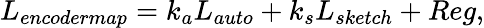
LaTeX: L_{encodermap}=k_{a}L_{auto}+k_{s}L_{sketch}+Reg,